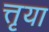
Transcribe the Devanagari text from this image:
त्तृया